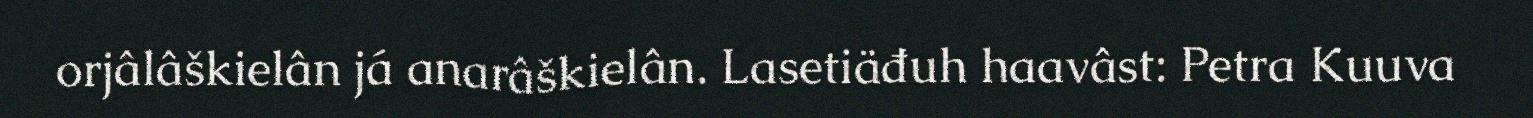
orjâlâškielân já anarâškielân. Lasetiäđuh haavâst: Petra Kuuva